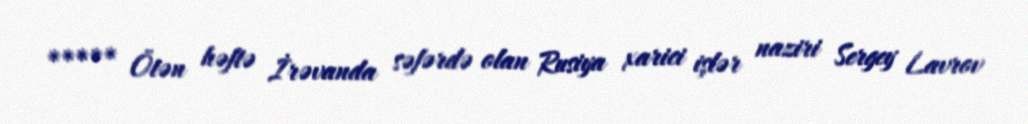
***** Ötən həftə İrəvanda səfərdə olan Rusiya xarici işlər naziri Sergey Lavrov